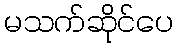
မသက်ဆိုင်ပေ